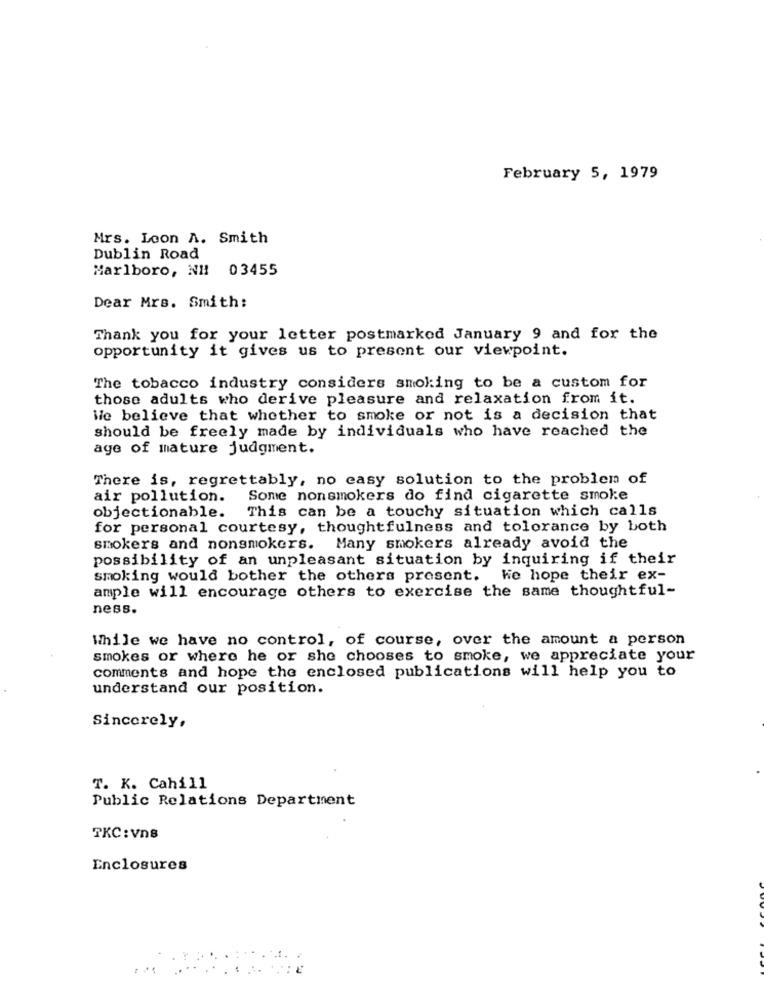
February 5, 1979
Mrs. Loon A. Smith
Dublin Road
Marlboro, NH 03455
Dear Mrs. Smith:
Thank you for your letter postmarked January 9 and for the
opportunity it gives us to present our viewpoint.
The tobacco industry considers smoking to be a custom for
those adults who derive pleasure and relaxation from it.
We believe that whether to smoke or not is a decision that
should be freely made by individuals who have reached the
age of mature judgment.
There is, regrettably, no casy solution to the problem of
air pollution.
Some nonsmokers do find cigarette smoke
objectionable. This can be a touchy situation which calls
for personal courtesy, thoughtfulness and tolerance by both
smokers and nonsmokers. Many smokers already avoid the
possibility of an unpleasant situation by inquiring if their
smoking would bother the others present. We hope their ex-
ample will encourage others to exercise the same thoughtful-
ness.
While we have no control, of course, over the amount a person
smokes or where he or she chooses to smoke, we appreciate your
comments and hope the enclosed publications will help you to
understand our position.
Sincerely,
T. K. Cahill
Public Relations Department
TKC : vn8
Enclosures